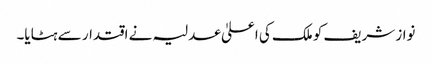
نواز شریف کو ملک کی اعلیٰ عدلیہ نے اقتدار سے ہٹایا۔